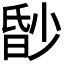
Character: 𬁀